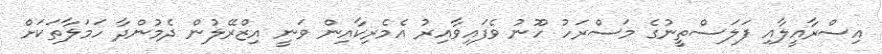
އިސްރާއީލާއި ފަލަސްތީނުގެ މަސްރަހު ހޫނު ވެފައިވާއިރު އެމެރިކާއިން ވަނީ އިޒްރޭލުން ދެމުންދާ ހަމަލާތަކަށް